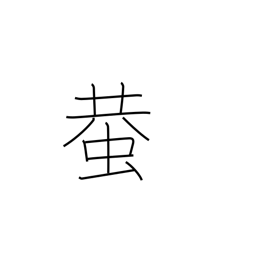
Meaning: cricket